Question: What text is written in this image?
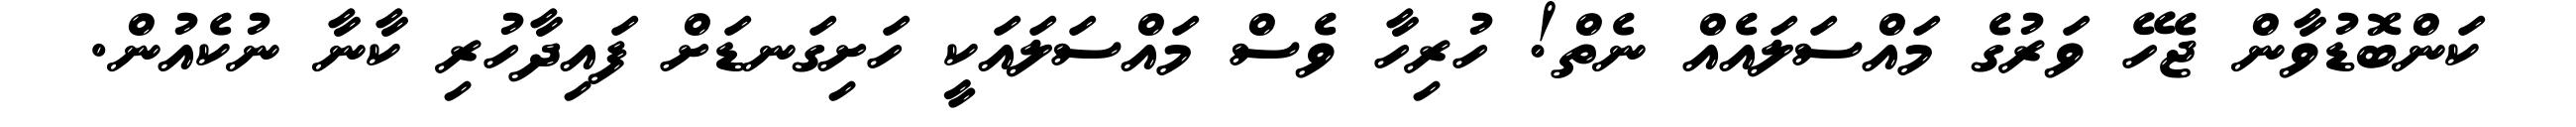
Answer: ކަންބޮޑުވާން ޖެހޭ ވަރުގެ މައްސަލައެއް ނެތް! ހުރިހާ ވެސް މައްސަލައަކީ ހަށިގަނޑަށް ފައިދާހުރި ކާނާ ނުކެއުން.